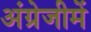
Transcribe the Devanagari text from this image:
अंग्रेजीमें